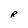
Character: R